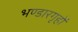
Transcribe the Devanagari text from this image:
भण्डारगृहों